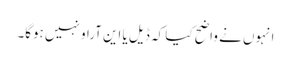
انہوں نے واضح کیا کہ ڈیل یا این آراو نہیں ہوگا۔